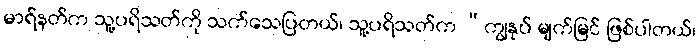
မာရ်နတ်က သူ့ပရိသတ်ကို သက်သေပြတယ်၊ သူ့ပရိသတ်က “ကျွနုပ် မျက်မြင် ဖြစ်ပါတယ်၊